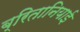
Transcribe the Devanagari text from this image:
ब्रितानियाई